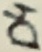
Text: D4